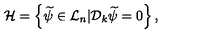
{ \cal H } = \left\{ \widetilde \psi \in { \cal L } _ { n } | { \cal D } _ { k } \widetilde \psi = 0 \right\} ,